Annual report of the Punjab Veterinary College and of the Civil Veterinary Department, Punjab - 1894-1908
Year: 1894
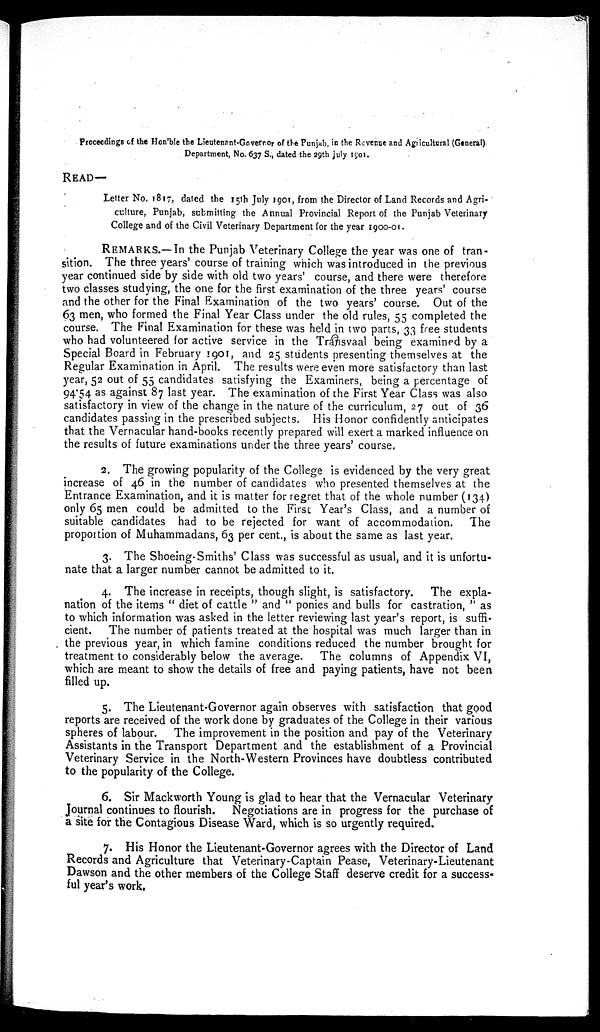
Proceedings of the Hon'ble the Lieutenant-Governor of the Punjab, in the Revenue and Agricultural (General)
Department, No. 637 S., dated the 29th July 1901.
READ—
Letter No. 1817, dated the 15th July 1901, from the Director of Land Records and Agri-
culture, Punjab, submitting the Annual Provincial Report of the Punjab Veterinary
College and of the Civil Veterinary Department for the year 1900-01.
REMARKS.—In the Punjab Veterinary College the year was one of tran-
sition. The three years' course of training which was introduced in the previous
year continued side by side with old two years' course, and there were therefore
two classes studying, the one for the first examination of the three years' course
and the other for the Final Examination of the two years' course. Out of the
63 men, who formed the Final Year Class under the old rules, 55 completed the
course. The Final Examination for these was held in two parts, 33 free students
who had volunteered for active service in the Transvaal being examined by a
Special Board in February 1901, and 25 students presenting themselves at the
Regular Examination in April. The results were even more satisfactory than last
year, 52 out of 55 candidates satisfying the Examiners, being a percentage of
94.54 as against 87 last year. The examination of the First Year Class was also
satisfactory in view of the change in the nature of the curriculum, 27 out of 36
candidates passing in the prescribed subjects. His Honor confidently anticipates
that the Vernacular hand-books recently prepared will exert a marked influence on
the results of future examinations under the three years' course.
2. The growing popularity of the College is evidenced by the very great
increase of 46 in the number of candidates who presented themselves at the
Entrance Examination, and it is matter for regret that of the whole number (134)
only 65 men could be admitted to the First Year's Class, and a number of
suitable candidates had to be rejected for want of accommodation. The
proportion of Muhammadans, 63 per cent., is about the same as last year.
3. The Shoeing-Smiths' Class was successful as usual, and it is unfortu-
nate that a larger number cannot be admitted to it.
4. The increase in receipts, though slight, is satisfactory. The expla-
nation of the items "diet of cattle" and "ponies and bulls for castration," as
to which information was asked in the letter reviewing last year's report, is suffi-
cient. The number of patients treated at the hospital was much larger than in
the previous year, in which famine conditions reduced the number brought for
treatment to considerably below the average. The columns of Appendix VI,
which are meant to show the details of free and paying patients, have not been
filled up.
5. The Lieutenant-Governor again observes with satisfaction that good
reports are received of the work done by graduates of the College in their various
spheres of labour. The improvement in the position and pay of the Veterinary
Assistants in the Transport Department and the establishment of a Provincial
Veterinary Service in the North-Western Provinces have doubtless contributed
to the popularity of the College.
6. Sir Mackworth Young is glad to hear that the Vernacular Veterinary
Journal continues to flourish. Negotiations are in progress for the purchase of
a site for the Contagious Disease Ward, which is so urgently required.
7. His Honor the Lieutenant-Governor agrees with the Director of Land
Records and Agriculture that Veterinary-Captain Pease, Veterinary-Lieutenant
Dawson and the other members of the College Staff deserve credit for a success-
ful year's work.